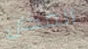
المكان